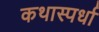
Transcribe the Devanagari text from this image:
कथास्पर्धा